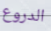
الدروع